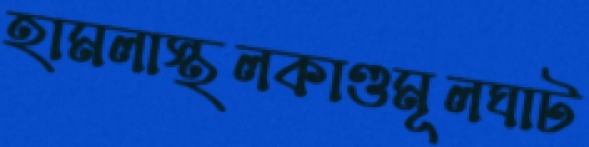
হামলাস্থলকাণ্ডমূলঘাট